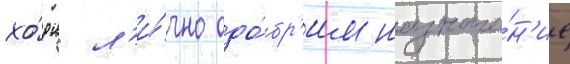
хо́рн л'и́чно одо́бр'ил назначе́н'ие